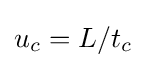
u_{c}=L/t_{c}